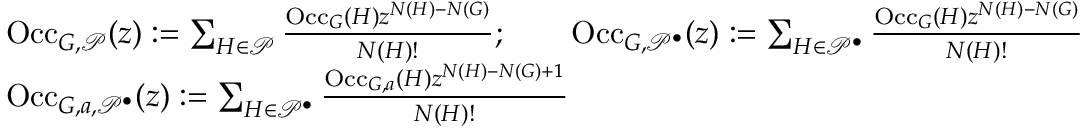
\begin{array} { r l } & { \mathrm { O c c } _ { G , \mathcal { P } } ( z ) : = \sum _ { H \in \mathcal { P } } \frac { \mathrm { O c c } _ { G } ( H ) z ^ { N ( H ) - N ( G ) } } { N ( H ) ! } ; \qquad \mathrm { O c c } _ { G , \mathcal { P } ^ { \bullet } } ( z ) : = \sum _ { H \in \mathcal { P } ^ { \bullet } } \frac { \mathrm { O c c } _ { G } ( H ) z ^ { N ( H ) - N ( G ) } } { N ( H ) ! } } \\ & { \mathrm { O c c } _ { G , a , \mathcal { P } ^ { \bullet } } ( z ) : = \sum _ { H \in \mathcal { P } ^ { \bullet } } \frac { \mathrm { O c c } _ { G , a } ( H ) z ^ { N ( H ) - N ( G ) + 1 } } { N ( H ) ! } } \end{array}